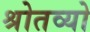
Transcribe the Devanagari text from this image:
श्रोतव्यो